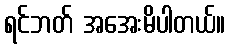
ရင်ဘတ် အအေးမိပါတယ်။